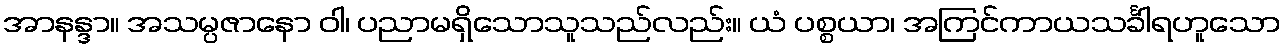
အာနန္ဒာ။ အသမ္ပဇာနော ဝါ၊ ပညာမရှိသောသူသည်လည်း။ ယံ ပစ္စယာ၊ အကြင်ကာယသင်္ခါရဟူသော